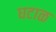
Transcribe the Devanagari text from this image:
घटाळ